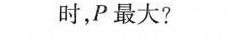
时，P最大?